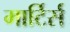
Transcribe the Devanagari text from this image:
मार्टिर्स